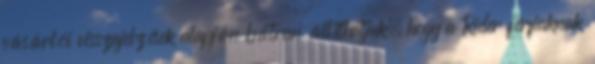
vásárlói visszajelzések alapján bátran állíthatjuk, hogy a Rider férfiaknak